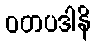
ဝတပဒါနိ